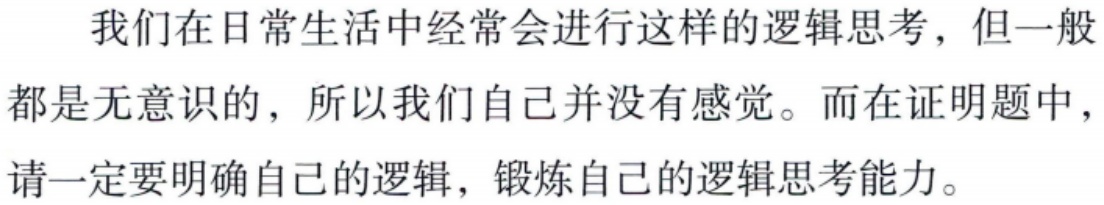
我们在日常生活中经常会进行这样的逻辑思考，但一般都是无意识的，所以我们自己并没有感觉。而在证明题中，请一定要明确自己的逻辑，锻炼自己的逻辑思考能力。